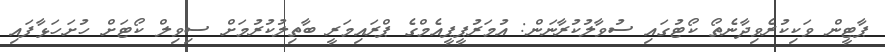
ޕާޓީން ވަކިކުރެވިދާނެތޯ ކޯޓުގައި ސުވާލުކުރާނަން: އުމަރުޕީޕީއެމްގެ ޕްރައިމަރީ ބާތިލުކުރުމަށް ސިވިލް ކޯޓަށް ހުށަހަޅާފައި